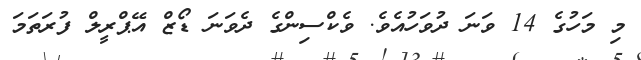
މި މަހުގެ 14 ވަނަ ދުވަހުއެވެ. ވެކްސިންގެ ދެވަނަ ޑޯޒް އޭޕްރީލް ފުރަތަމަ